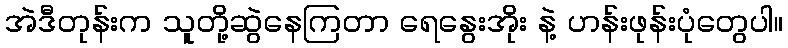
အဲဒီတုန်းက သူတို့ဆွဲနေကြတာ ရေနွေးအိုး နဲ့ ဟန်းဖုန်းပုံတွေပါ။